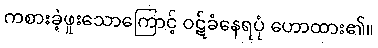
ကစားခဲ့ဖူးသောကြောင့် ဝဋ်ခံနေရပုံ ဟောထား၏။